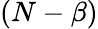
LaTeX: (N-\beta)